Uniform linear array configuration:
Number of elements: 16
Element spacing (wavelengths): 0.75
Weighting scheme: binomial
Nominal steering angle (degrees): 30
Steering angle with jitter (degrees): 30.403
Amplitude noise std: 0.05
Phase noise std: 0.05

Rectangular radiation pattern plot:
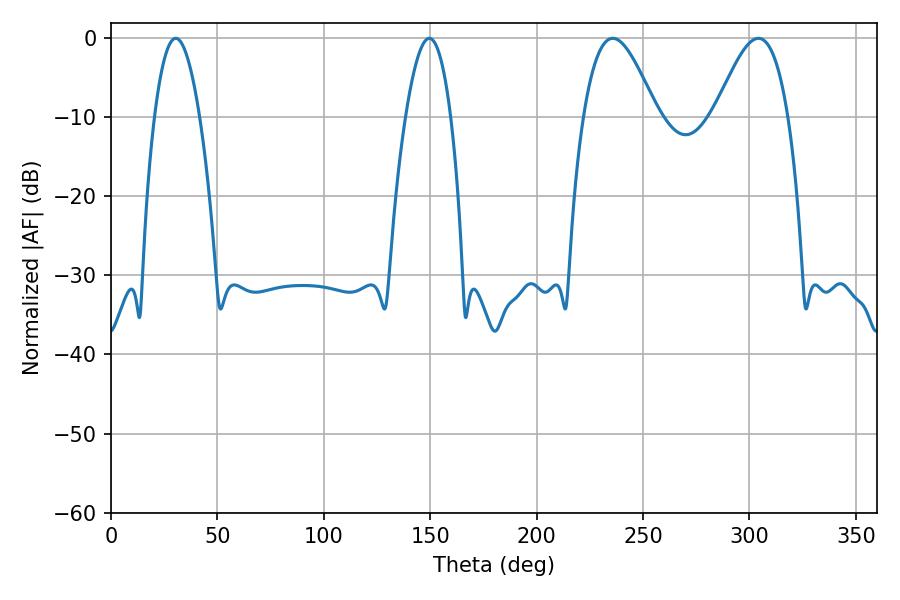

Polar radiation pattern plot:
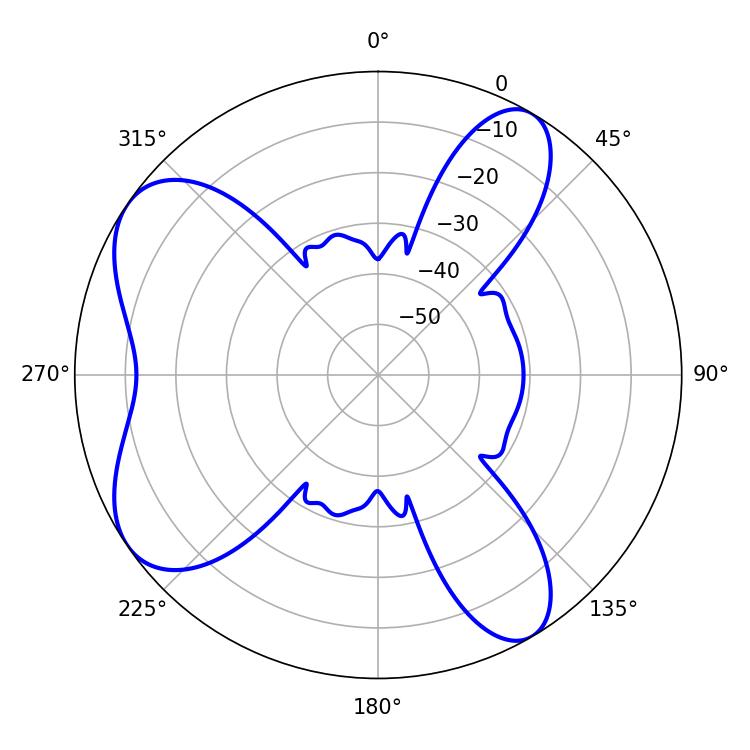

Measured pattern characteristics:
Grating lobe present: TRUE
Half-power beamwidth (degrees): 11.52
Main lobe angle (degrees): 30.42